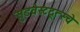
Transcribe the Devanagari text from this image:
सुडवेस्टदूत्स्चे